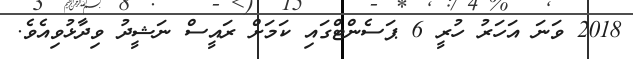
2018 ވަނަ އަހަރު ހުރީ 6 ޕަސެންޓްގައި ކަމަށް ރައީސް ނަޝީދު ވިދާޅުވިއެވެ.